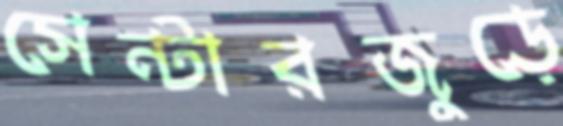
সেন্টারজুড়ে